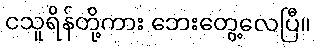
ငသူရိန်တို့ကား ဘေးတွေ့လေပြီ။